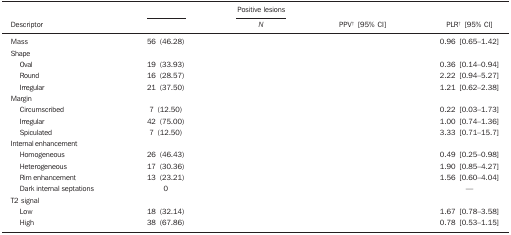
<table><thead><tr><td>[EMPTY_CELL]</td><td>[EMPTY_CELL]</td><td>[EMPTY_CELL]</td><td><b>Positive lesions</b></td><td>[EMPTY_CELL]</td><td>[EMPTY_CELL]</td></tr><tr><td><b>Descriptor</b></td><td>[EMPTY_CELL]</td><td>[EMPTY_CELL]</td><td><b><i>N</i></b></td><td><b>PPV<sup>†</sup> [95% CI]</b></td><td><b>PLR<sup>†</sup> [95% CI]</b></td></tr></thead><tbody><tr><td>Mass</td><td>56 (46.28)</td><td>[EMPTY_CELL]</td><td>[EMPTY_CELL]</td><td>[EMPTY_CELL]</td><td>0.96 [0.65–1.42]</td></tr><tr><td>Shape</td><td>[EMPTY_CELL]</td><td>[EMPTY_CELL]</td><td>[EMPTY_CELL]</td><td>[EMPTY_CELL]</td><td>[EMPTY_CELL]</td></tr><tr><td>Oval</td><td>19 (33.93)</td><td>[EMPTY_CELL]</td><td>[EMPTY_CELL]</td><td>[EMPTY_CELL]</td><td>0.36 [0.14–0.94]</td></tr><tr><td>Round</td><td>16 (28.57)</td><td>[EMPTY_CELL]</td><td>[EMPTY_CELL]</td><td>[EMPTY_CELL]</td><td>2.22 [0.94–5.27]</td></tr><tr><td>Irregular</td><td>21 (37.50)</td><td>[EMPTY_CELL]</td><td>[EMPTY_CELL]</td><td>[EMPTY_CELL]</td><td>1.21 [0.62–2.38]</td></tr><tr><td>Margin</td><td>[EMPTY_CELL]</td><td>[EMPTY_CELL]</td><td>[EMPTY_CELL]</td><td>[EMPTY_CELL]</td><td>[EMPTY_CELL]</td></tr><tr><td>Circumscribed</td><td>7 (12.50)</td><td>[EMPTY_CELL]</td><td>[EMPTY_CELL]</td><td>[EMPTY_CELL]</td><td>0.22 [0.03–1.73]</td></tr><tr><td>Irregular</td><td>42 (75.00)</td><td>[EMPTY_CELL]</td><td>[EMPTY_CELL]</td><td>[EMPTY_CELL]</td><td>1.00 [0.74–1.36]</td></tr><tr><td>Spiculated</td><td>7 (12.50)</td><td>[EMPTY_CELL]</td><td>[EMPTY_CELL]</td><td>[EMPTY_CELL]</td><td>3.33 [0.71–15.7]</td></tr><tr><td>Internal enhancement</td><td>[EMPTY_CELL]</td><td>[EMPTY_CELL]</td><td>[EMPTY_CELL]</td><td>[EMPTY_CELL]</td><td>[EMPTY_CELL]</td></tr><tr><td>Homogeneous</td><td>26 (46.43)</td><td>[EMPTY_CELL]</td><td>[EMPTY_CELL]</td><td>[EMPTY_CELL]</td><td>0.49 [0.25–0.98]</td></tr><tr><td>Heterogeneous</td><td>17 (30.36)</td><td>[EMPTY_CELL]</td><td>[EMPTY_CELL]</td><td>[EMPTY_CELL]</td><td>1.90 [0.85–4.27]</td></tr><tr><td>Rimenhancement</td><td>13 (23.21)</td><td>[EMPTY_CELL]</td><td>[EMPTY_CELL]</td><td>[EMPTY_CELL]</td><td>1.56 [0.60–4.04]</td></tr><tr><td>Dark internalseptations</td><td>0</td><td>[EMPTY_CELL]</td><td>[EMPTY_CELL]</td><td>[EMPTY_CELL]</td><td>—</td></tr><tr><td>T2 signal</td><td>[EMPTY_CELL]</td><td>[EMPTY_CELL]</td><td>[EMPTY_CELL]</td><td>[EMPTY_CELL]</td><td>[EMPTY_CELL]</td></tr><tr><td>Low</td><td>18 (32.14)</td><td>[EMPTY_CELL]</td><td>[EMPTY_CELL]</td><td>[EMPTY_CELL]</td><td>1.67 [0.78–3.58]</td></tr><tr><td>High</td><td>38 (67.86)</td><td>[EMPTY_CELL]</td><td>[EMPTY_CELL]</td><td>[EMPTY_CELL]</td><td>0.78 [0.53–1.15]</td></tr></tbody></table>